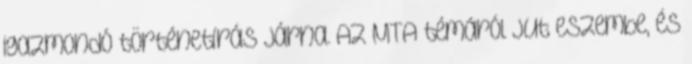
igazmondó történetírás járna. Az MTA témáról jut eszembe, és